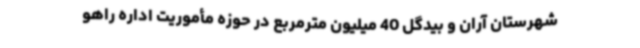
شهرستان آران و بیدگل 40 میلیون مترمربع در حوزه مأموریت اداره راهو